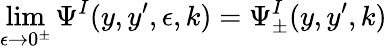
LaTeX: \operatorname*{lim}_{\epsilon\to 0^{\pm}}\Psi^{I}(y,y^{\prime},\epsilon,k)=\Psi_{\pm}^{I}(y,y^{\prime},k)